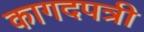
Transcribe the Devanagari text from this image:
कागदपत्री